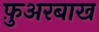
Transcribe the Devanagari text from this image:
फ़ुअरबाख